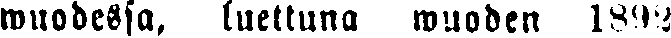
wuodessa, luettuna wuoden 1892